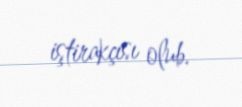
iştirakçısı olub.